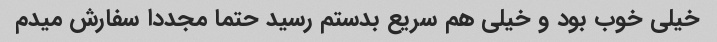
خیلی خوب بود و خیلی هم سریع بدستم رسید حتما مجددا سفارش میدم